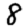
Digit: 8